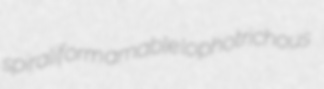
spiraliform amable lophotrichous